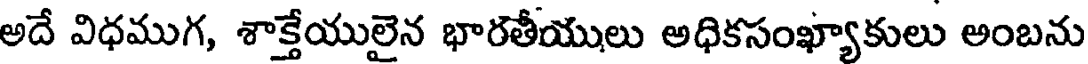
అదే విధముగ, శాక్తేయులైన భారతీయులు అధికసంఖ్యాకులు అంబను